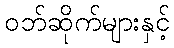
ဝဘ်ဆိုက်များနှင့်